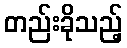
တည်းခိုသည့်